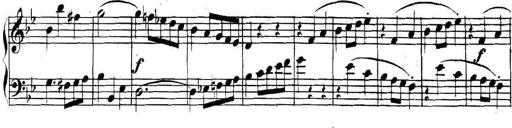
Title: Collected Piano Sonatas
Composer: Muzio Clementi